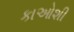
કાઓશી